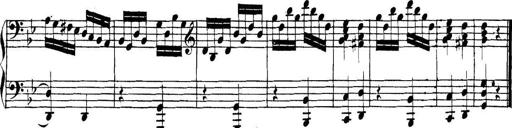
Title: Collected Piano Sonatas
Composer: Muzio Clementi